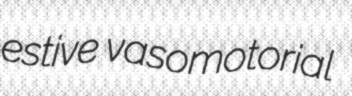
estive vasomotorial